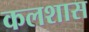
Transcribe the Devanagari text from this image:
कलशास